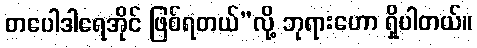
တပေါဒါရေအိုင် ဖြစ်ရတယ်”လို့ ဘုရားဟော ရှိပါတယ်။